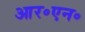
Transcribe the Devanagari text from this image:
आर॰एन॰